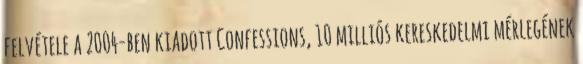
felvétele a 2004-ben kiadott Confessions, 10 milliós kereskedelmi mérlegének